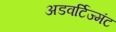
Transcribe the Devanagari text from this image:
अडवर्टिज्मंट